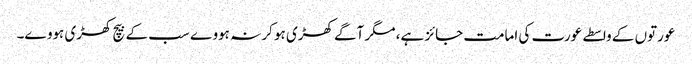
عورتوں کے واسطے عورت کی امامت جائز ہے، مگر آگے کھڑی ہو کر نہ ہووے سب کے بیچ کھڑی ہووے۔